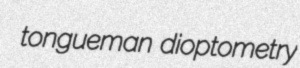
tongueman dioptometry